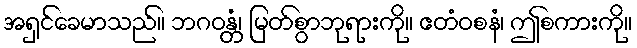
အရှင်ခေမာသည်။ ဘဂဝန္တံ၊ မြတ်စွာဘုရားကို။ ဧတံဝစနံ၊ ဤစကားကို။